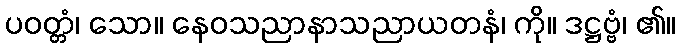
ပဝတ္တံ၊ သော။ နေဝသညာနာသညာယတနံ၊ ကို။ ဒဋ္ဌဗ္ဗံ၊ ၏။